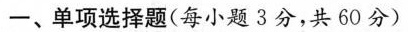
一、单项选择题(每小题3分，共60分)